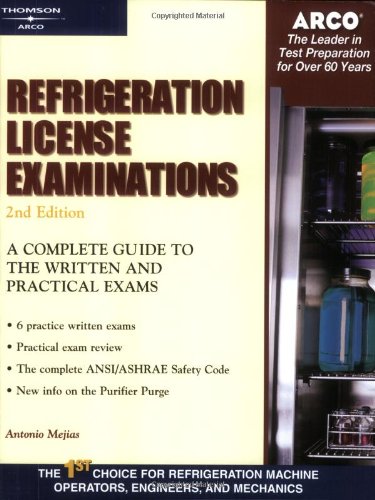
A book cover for Refrigeration License Examinations (Arco Professional Certification and Licensing Examination Series); Arco; Test Preparation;